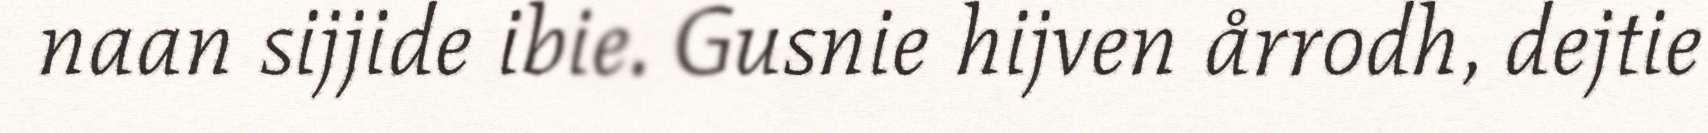
naan sijjide ibie. Gusnie hijven årrodh, dejtie